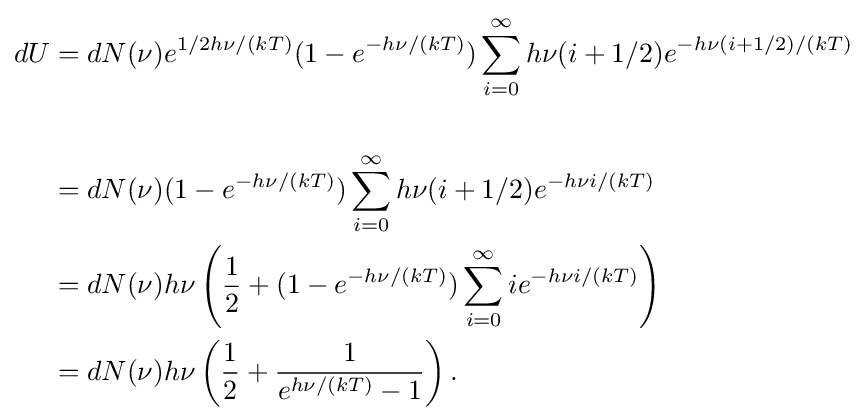
{\begin{aligned}dU&=dN(\nu )e^{1/2h\nu /(kT)}(1-e^{-h\nu /(kT)})\sum _{i=0}^{\infty }h\nu (i+1/2)e^{-h\nu (i+1/2)/(kT)}\\\\&=dN(\nu )(1-e^{-h\nu /(kT)})\sum _{i=0}^{\infty }h\nu (i+1/2)e^{-h\nu i/(kT)}\\&=dN(\nu )h\nu \left({\frac {1}{2}}+(1-e^{-h\nu /(kT)})\sum _{i=0}^{\infty }ie^{-h\nu i/(kT)}\right)\\&=dN(\nu )h\nu \left({\frac {1}{2}}+{\frac {1}{e^{h\nu /(kT)}-1}}\right).\end{aligned}}